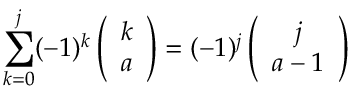
\sum _ { k = 0 } ^ { j } ( - 1 ) ^ { k } \left( \begin{array} { c } { { k } } \\ { { a } } \end{array} \right) = ( - 1 ) ^ { j } \left( \begin{array} { c } { { j } } \\ { { a - 1 } } \end{array} \right)